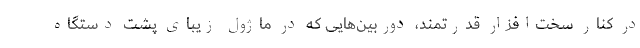
در کنار سخت‌افزار قدرتمند، دوربین‌هایی که در ماژول زیبای پشت دستگاه